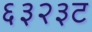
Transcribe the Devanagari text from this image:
६३२३ट